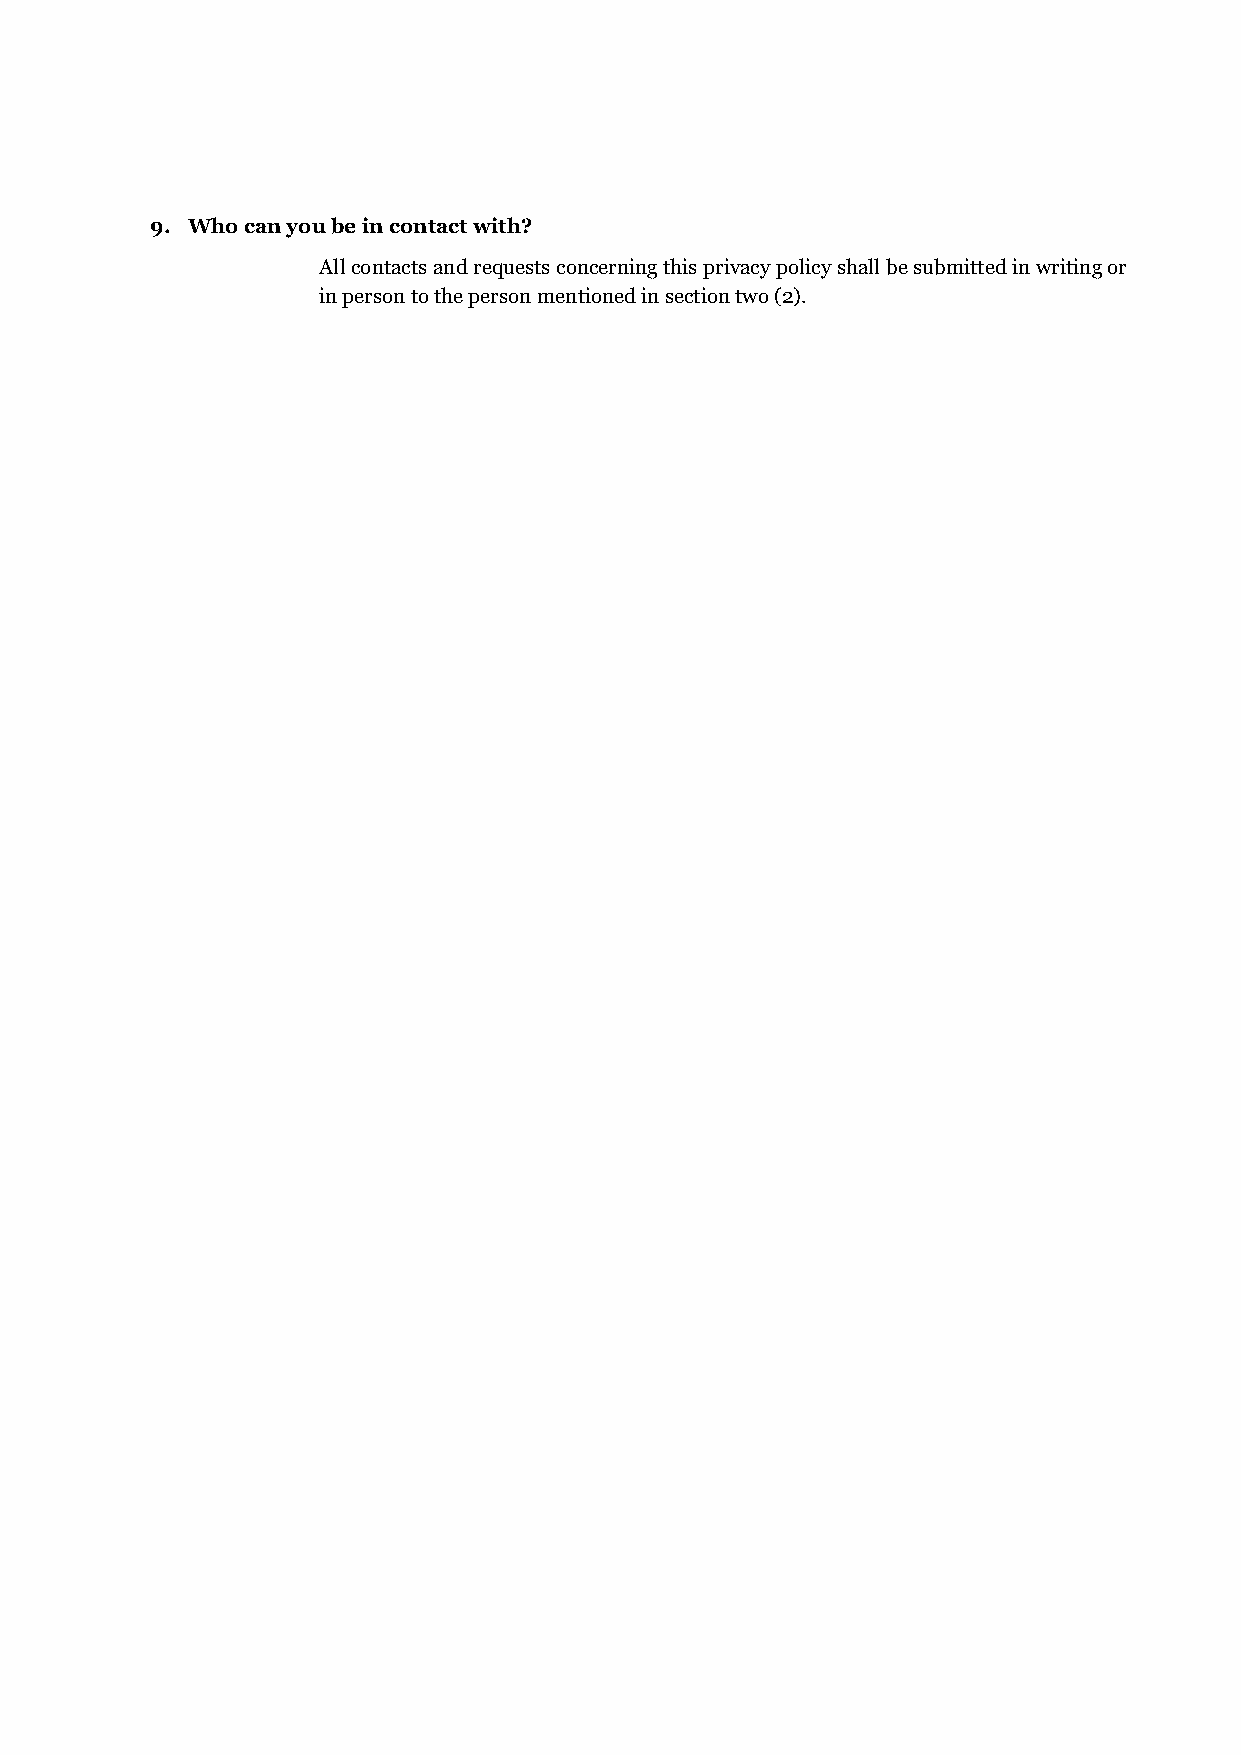
9. Who can you be in contact with?
 All contacts and requests concerning this privacy policy shall be submitted in writing or
 in person to the person mentioned in section two (2).